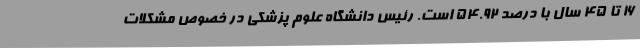
16 تا 45 سال با درصد 54.92 است. رئیس دانشگاه علوم پزشکی در خصوص مشکلات